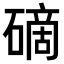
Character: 𥕐